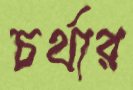
চর্থার